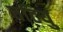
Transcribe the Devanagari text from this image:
चटियु